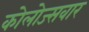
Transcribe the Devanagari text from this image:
कोलोज्सवार